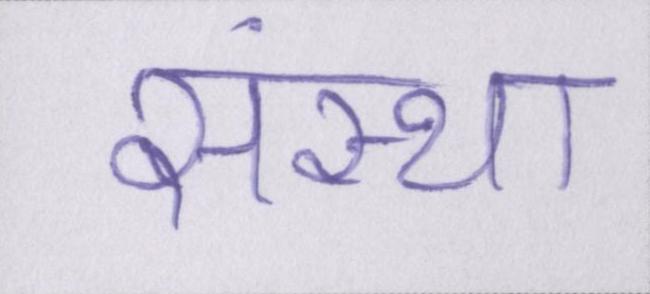
संस्था